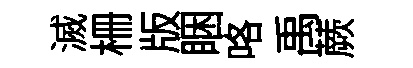
滅栅版睏咯禹蕨